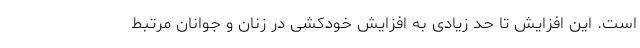
است. این افزایش تا حد زیادی به افزایش خودکشی در زنان و جوانان مرتبط